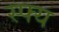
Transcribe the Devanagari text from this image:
स्फ्य